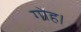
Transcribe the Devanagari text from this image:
गोह।